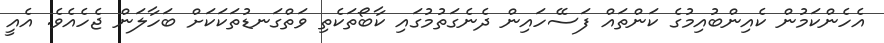
އެހެންކަމުން ކެއިންބުއިމުގެ ކަންތައް ފަސޭހައިން ދެނެގަތުމުގައި ކާބޯތަކެތި ވަތްގަނޑުތަކަކަށް ބަހާލަން ޖެހެއެވެ. އެއީ